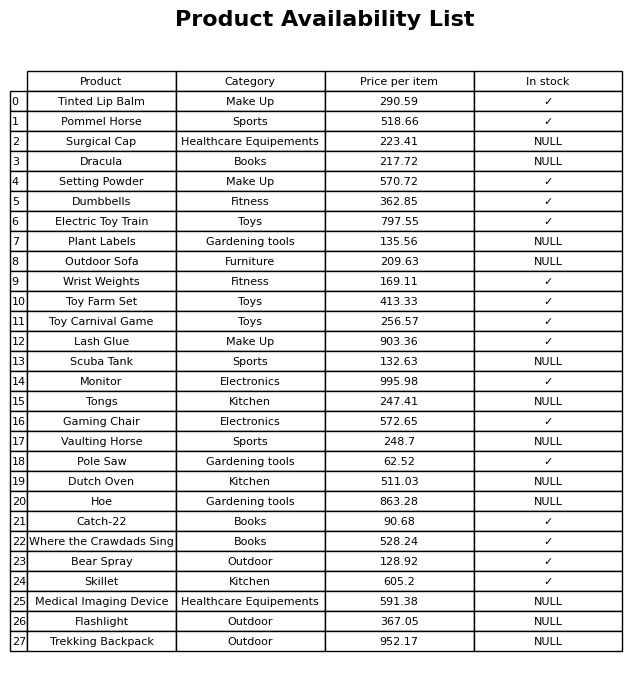
question: What is the price of the Surgical Cap?
answer: The price of Surgical Cap is 223.41.